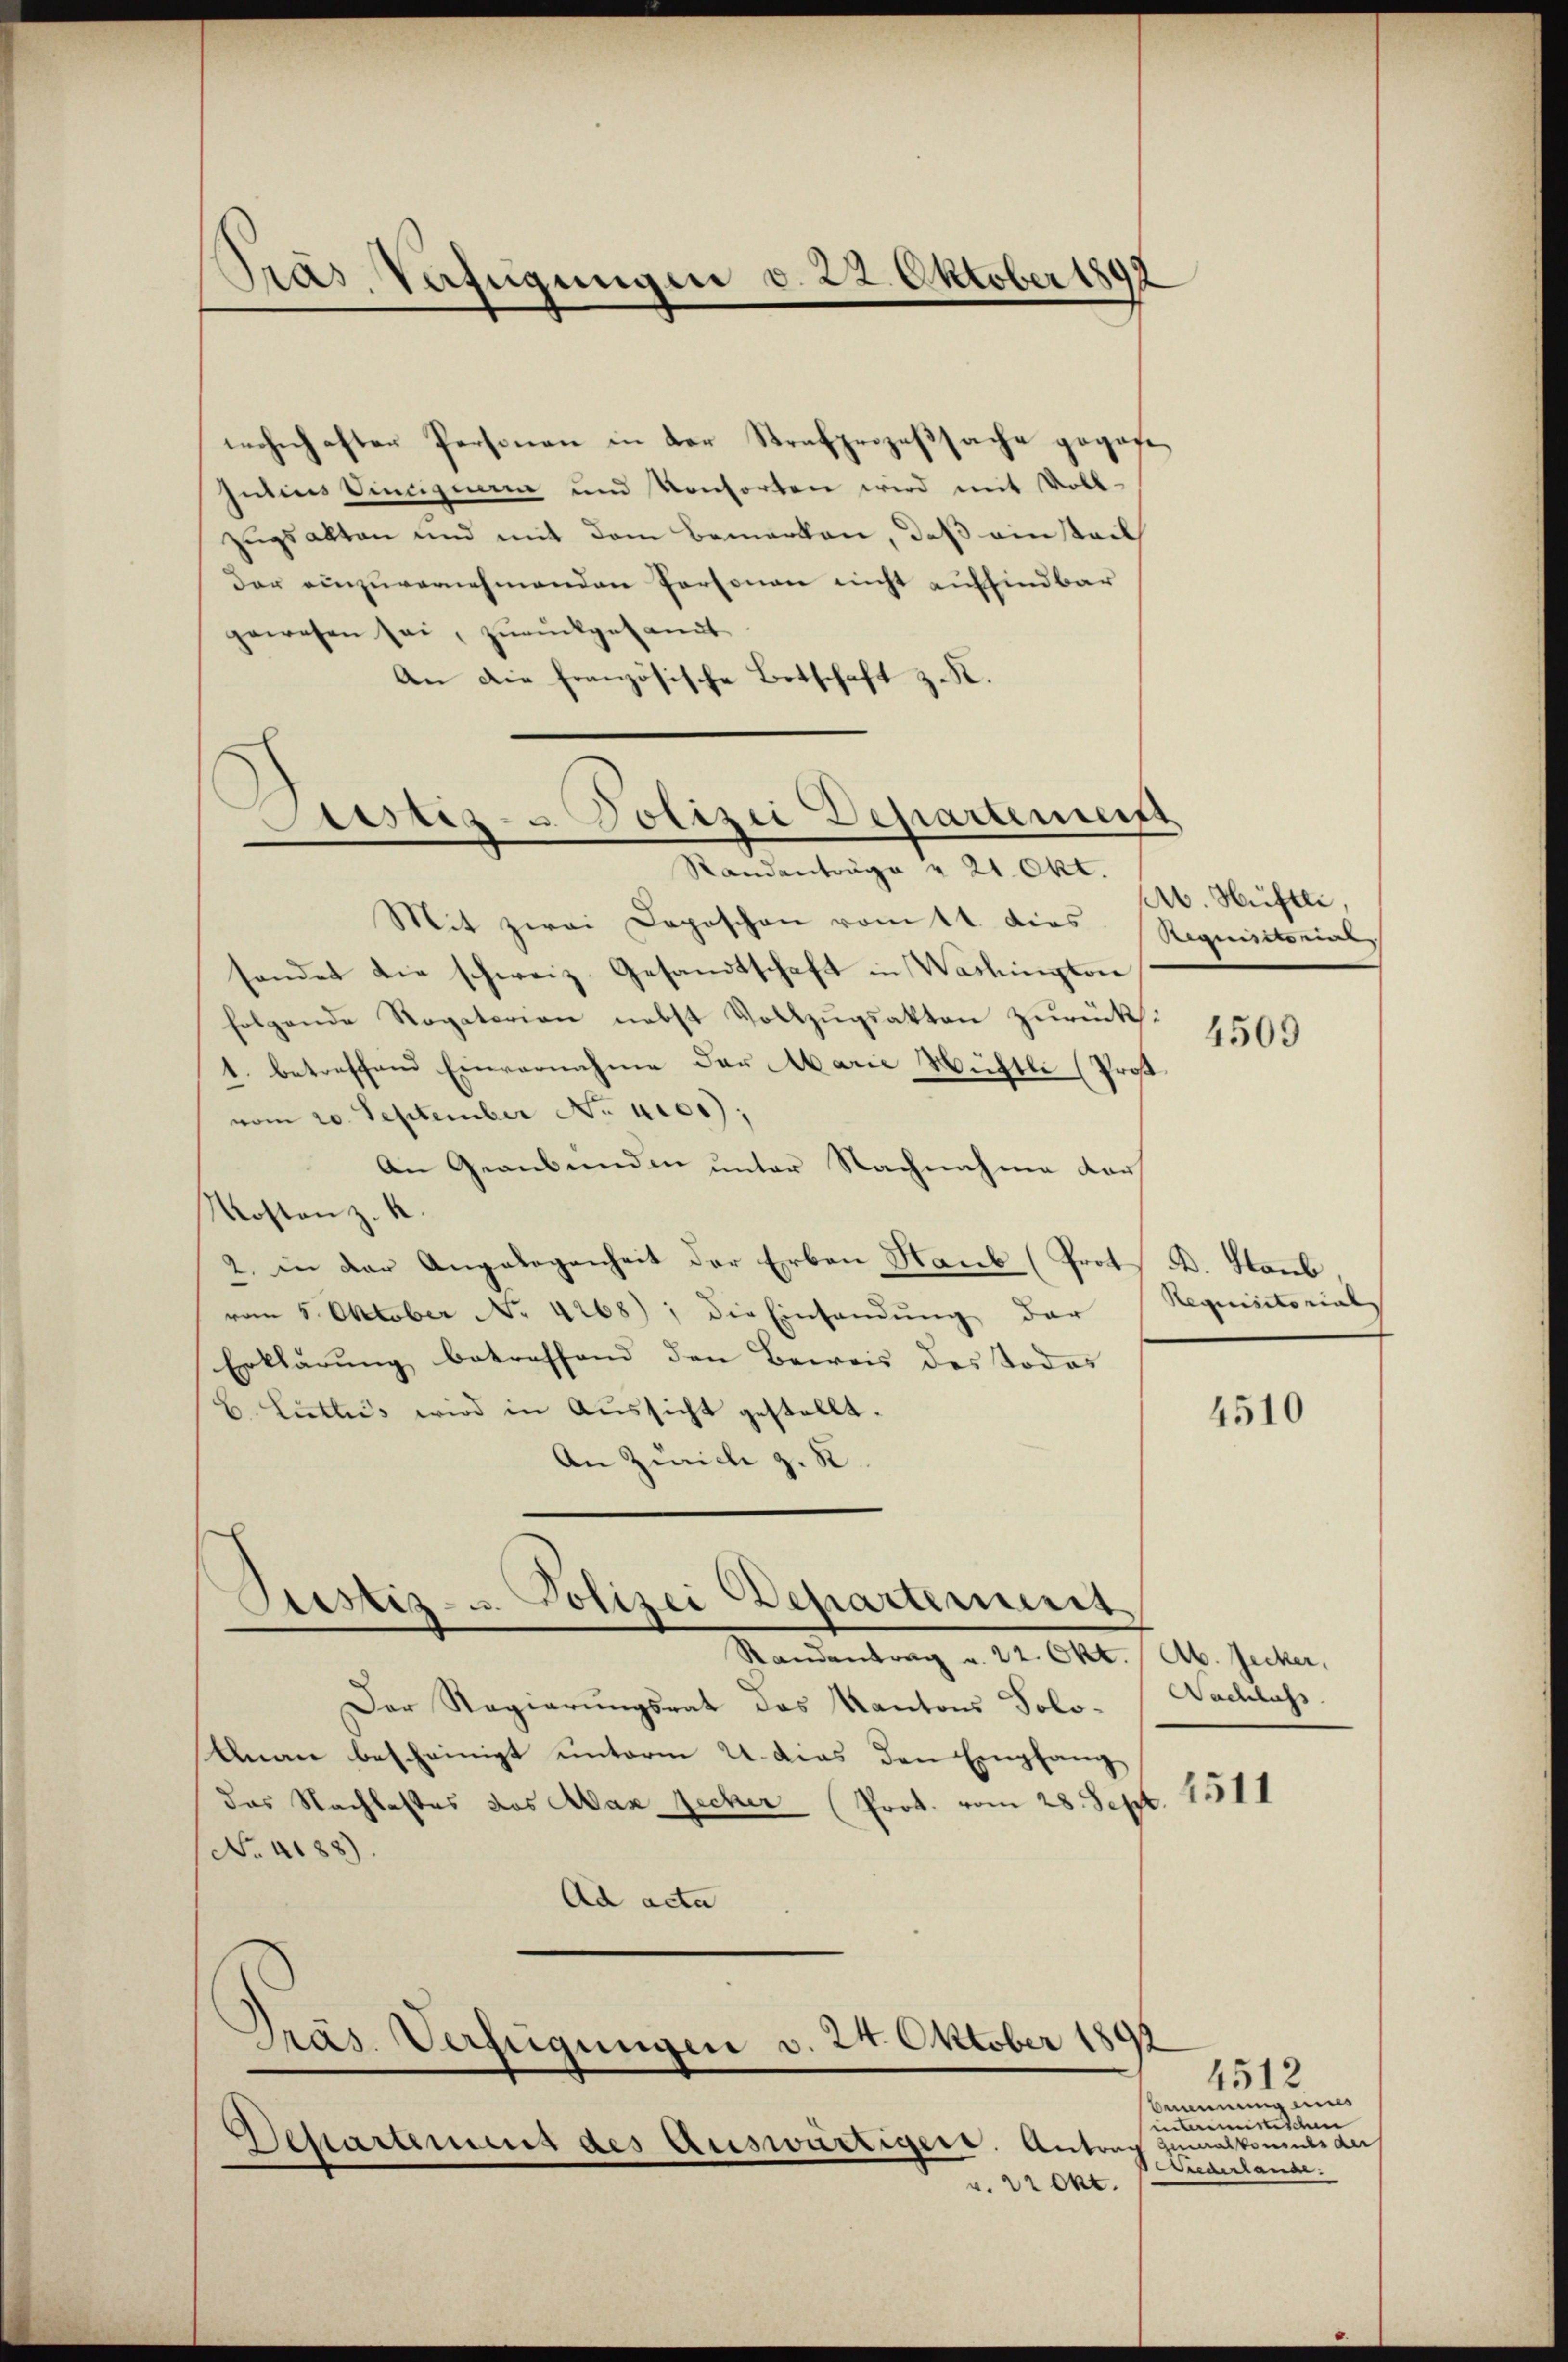
Pras, Vafügungen d. 22. Oktober 180

wohnhaften Personen in der Strafprozeßsache gegese
Julius Vincignern und Konsorten wird mit Voll-
zugsalten und mit dem Bemerken, daß ein tail
der einzuvernehmenden Personen nicht auffindbar
gewesen sei, zurückgesamt
An die französische Botschaft z. R.

Justiz- u. Polizei Departements
Randanträge & 21. Okt.

d
Justiz- u. Polizei Departement

Mit zwei Depeschen vom 1t dies Requisitorialsendet die schweiz. Gesandtschaft in Washington
folgende Rogaterien nebst Vollzŭgsakten zurück¬
1. betreffend Einvernahme der Marie Mühle (Prof.
vom 20. September No. 4100),
An Graubünden unter Nachnahme der
Kosten z. K.
2. in der Angelegenheit der Erben Haub (Prot. B. Staub,
vom 5. Oktober No. 4268), die Einsandŭng der
Erklärung betreffend den Beweis des Todes
B. Lutles wird in Aussicht gestellt.
An Zürich z. R.

Standentrag u. 22. Okt. Ab. Jecker,
Der Regierungsrat des Kantons Solo- Nachlass
Unan bescheinigt unterm 21. das den Empfang
das Nachlastes das Aax Zecher (Prot. vom 28. Sept. 1511.
No. 4188).
Ad acta
Präs. Verfügungen v. 24. Oktober 1891
Desartement des Auswärtigers. Antrag zumalkommt der
v. 22 Okt.

Ab. Hüftli,

4509

Requisitorial

4510

4512
Annung eins
inamistischen
Wiederlang.